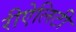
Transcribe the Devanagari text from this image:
रीऐलिटी